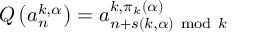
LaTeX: Q \left( a _ { n } ^ { k , \alpha } \right) = a _ { n + s ( k , \alpha ) { ~ \mathrm { m o d } } ~ k } ^ { k , \pi _ { k } ( \alpha ) }